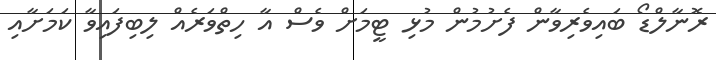
ރޮނާލްޑޯ ބައިވެރިވާން ފެށުމުން މުޅި ޓީމަށް ވެސް އާ ހިތްވަރެއް ލިބިފައިވާ ކަމަށާއި